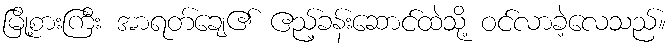
မြို့စားကြီး အာရတ်ချေ၏ ဧည့်ခန်းဆောင်ထဲသို့ ဝင်လာခဲ့လေသည်။